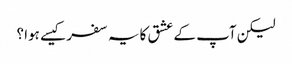
لیکن آپ کے عشق کا یہ سفر کیسے ہوا ؟